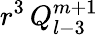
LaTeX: r^{3}\, Q_{l-3}^{m+1}